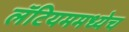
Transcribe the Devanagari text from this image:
लॅटियममध्येच